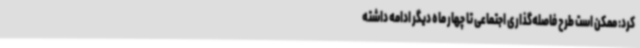
کرد: ممکن است طرح فاصله‌گذاری اجتماعی تا چهار ماه دیگر ادامه داشته